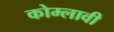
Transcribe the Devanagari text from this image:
कोम्लावी